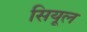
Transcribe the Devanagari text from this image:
सियूल